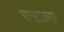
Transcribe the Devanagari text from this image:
पन्हाळ्या